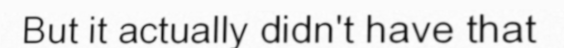
But it actually didn't have that